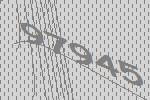
97945